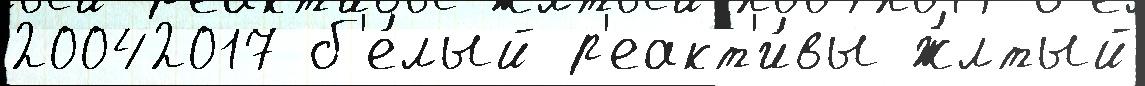
20042017 б'е́лый р'еакт'и́вы ж́лтый